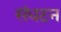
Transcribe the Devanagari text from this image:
संधटन